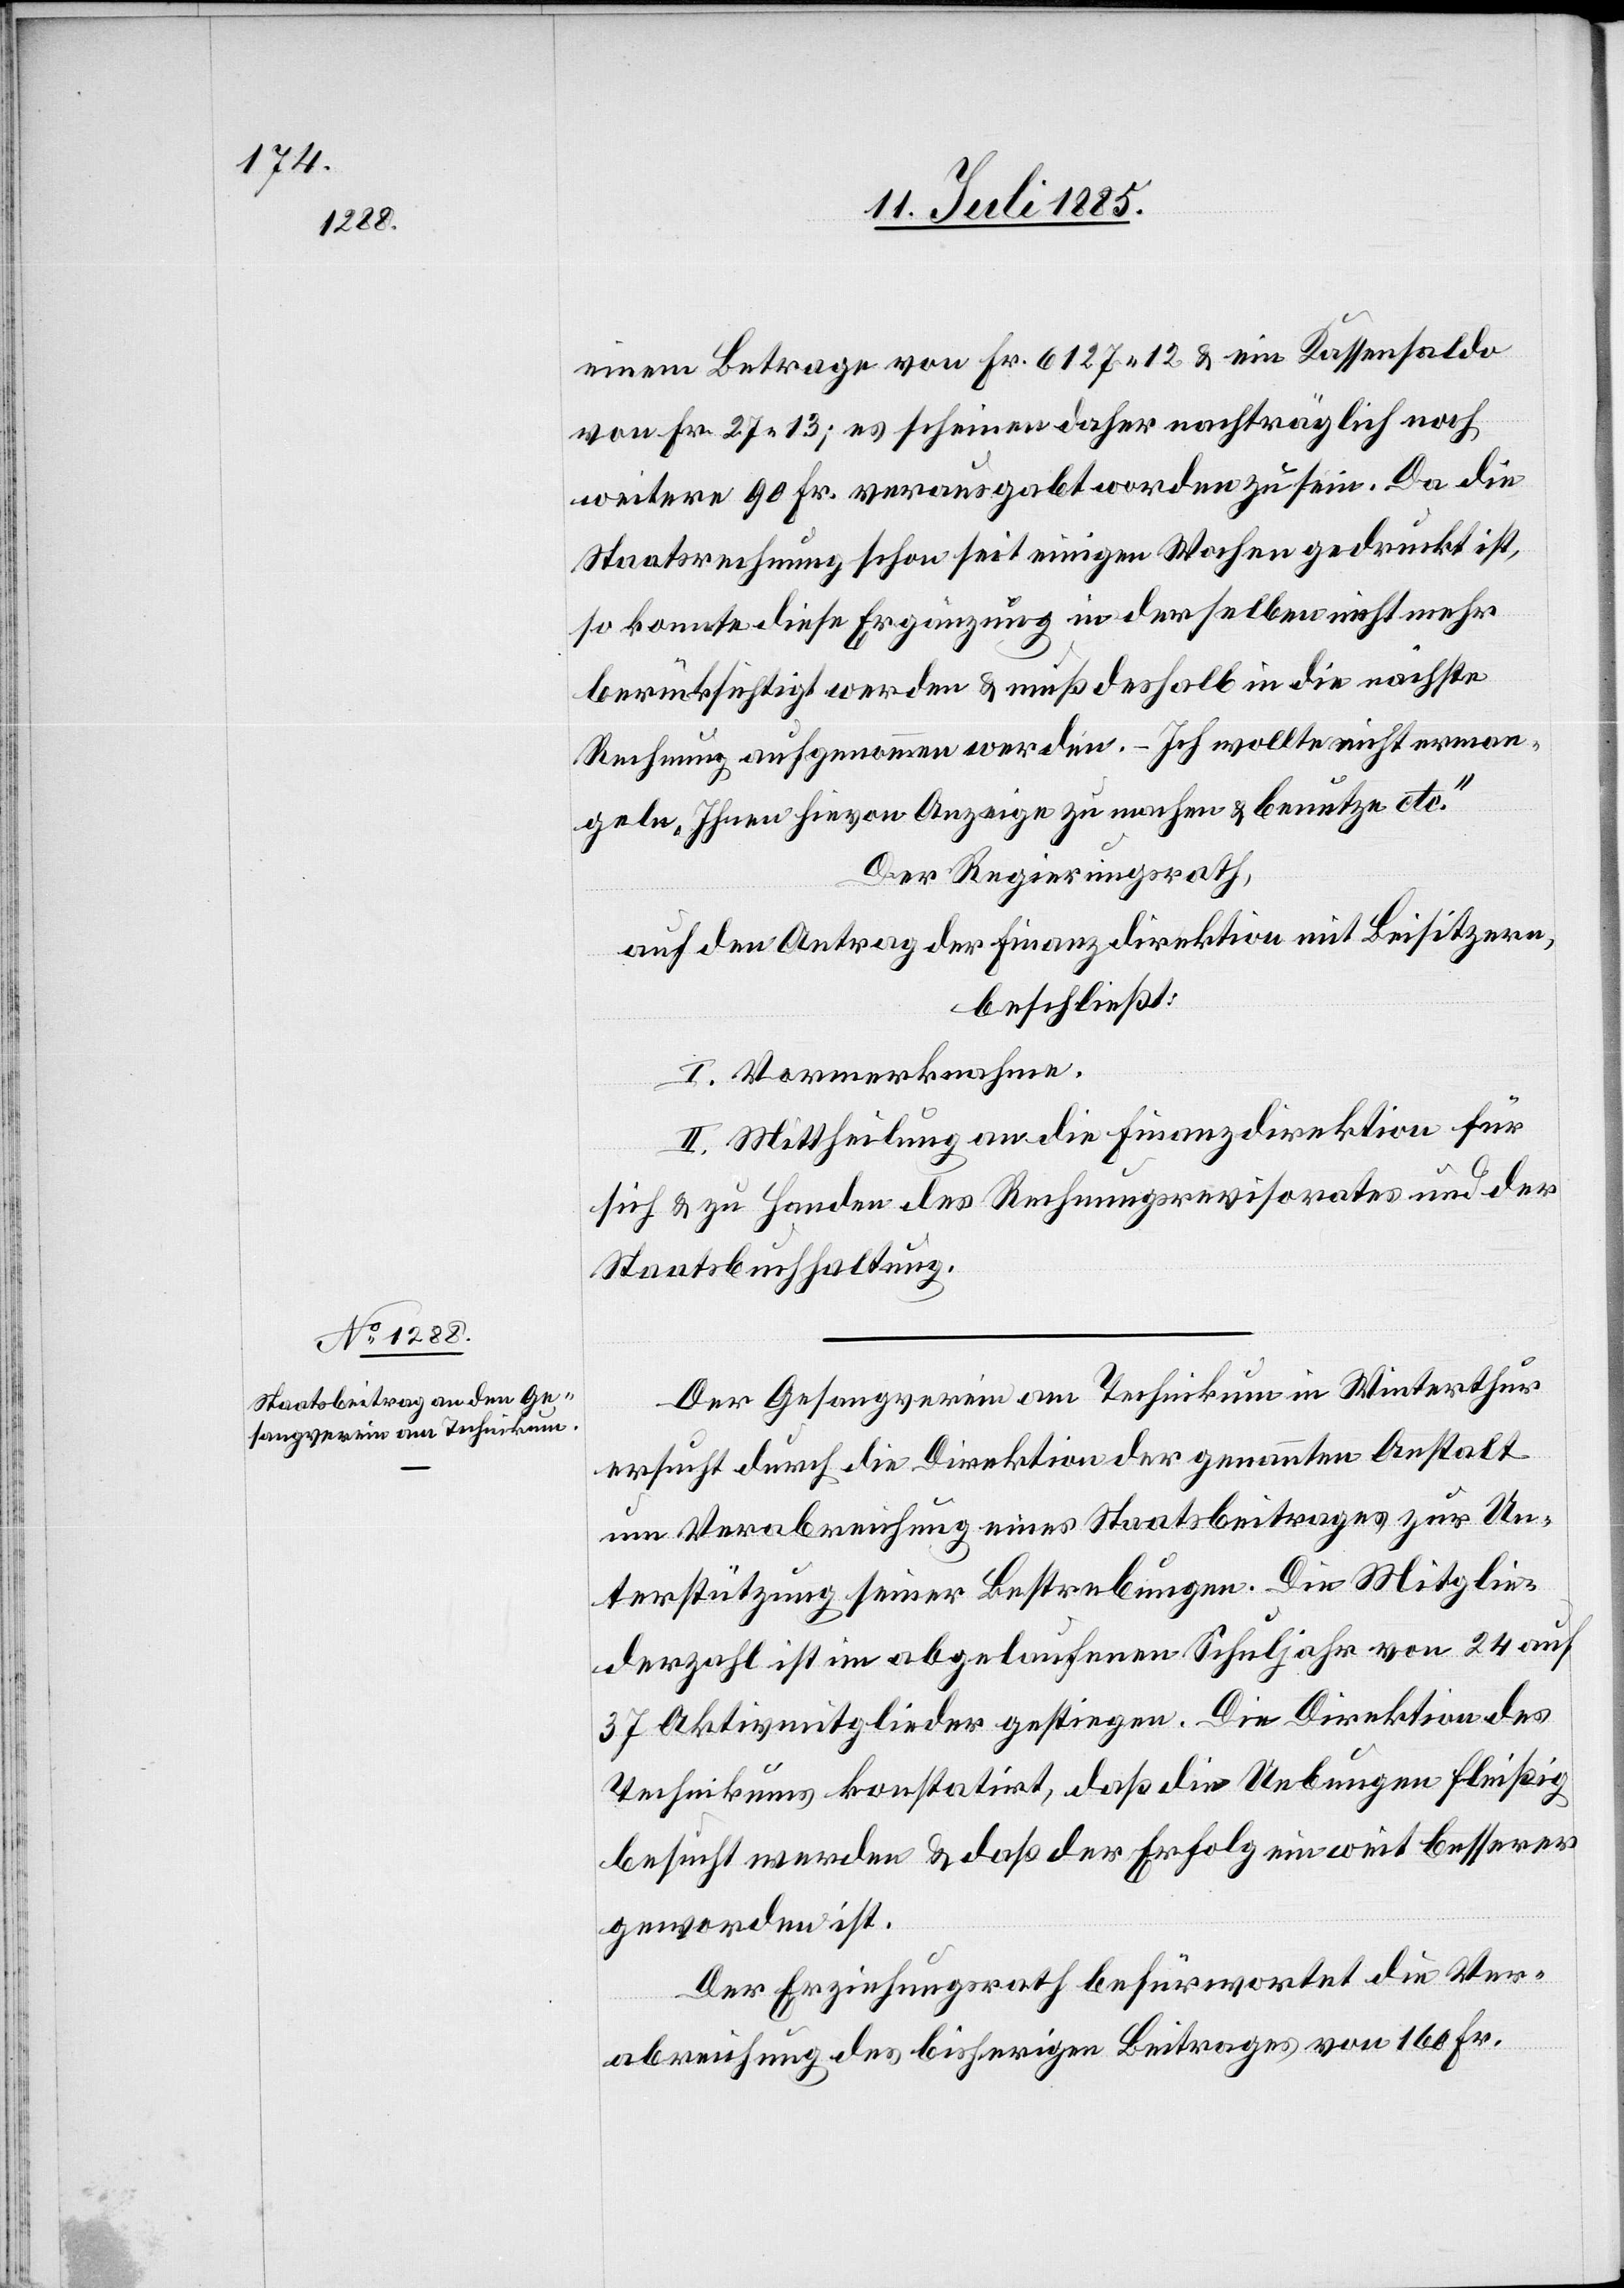
Der Gesangsverein am Technikum in Winterthur
ersucht durch die Direktion der genannten Anstalt
um Verabreichung eines Staatsbeitrages zur Un¬
terstützung seiner Bestrebungen. Die Mitglie¬
derzahl ist im abgelaufenen Schuljahr von 24 auf
37 Aktivmitglieder gestiegen. Die Direktion des
Technikums konstatirt, daß die Uebungen fleißig
besucht werden & daß der Erfolg ein weit besserer
geworden ist.
Der Erziehungsrath befürwortet die Ver¬
abreichung des bisherigen Beitrages von 160 Fr.